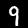
Digit: 9